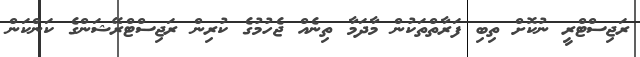
ރަޖިސްޓްރީ ނުކޮށް ތިބި ފަރާތްތަކުން މާދަމާ ތިނެއް ޖެހުމުގެ ކުރިން ރަޖިސްޓްރޭޝަންގެ ކަންކަން